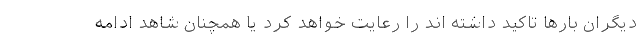
ديگران بارها تاكيد داشته اند را رعايت خواهد كرد يا همچنان شاهد ادامه